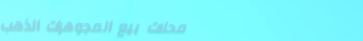
محلات بيع المجوهرات الذهب